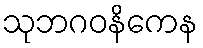
သုဘဂဝနိကေန